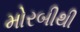
મોરબીથી